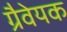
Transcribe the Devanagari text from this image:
ग्रैवेयक